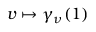
v \mapsto \gamma _ { \nu } ( 1 )